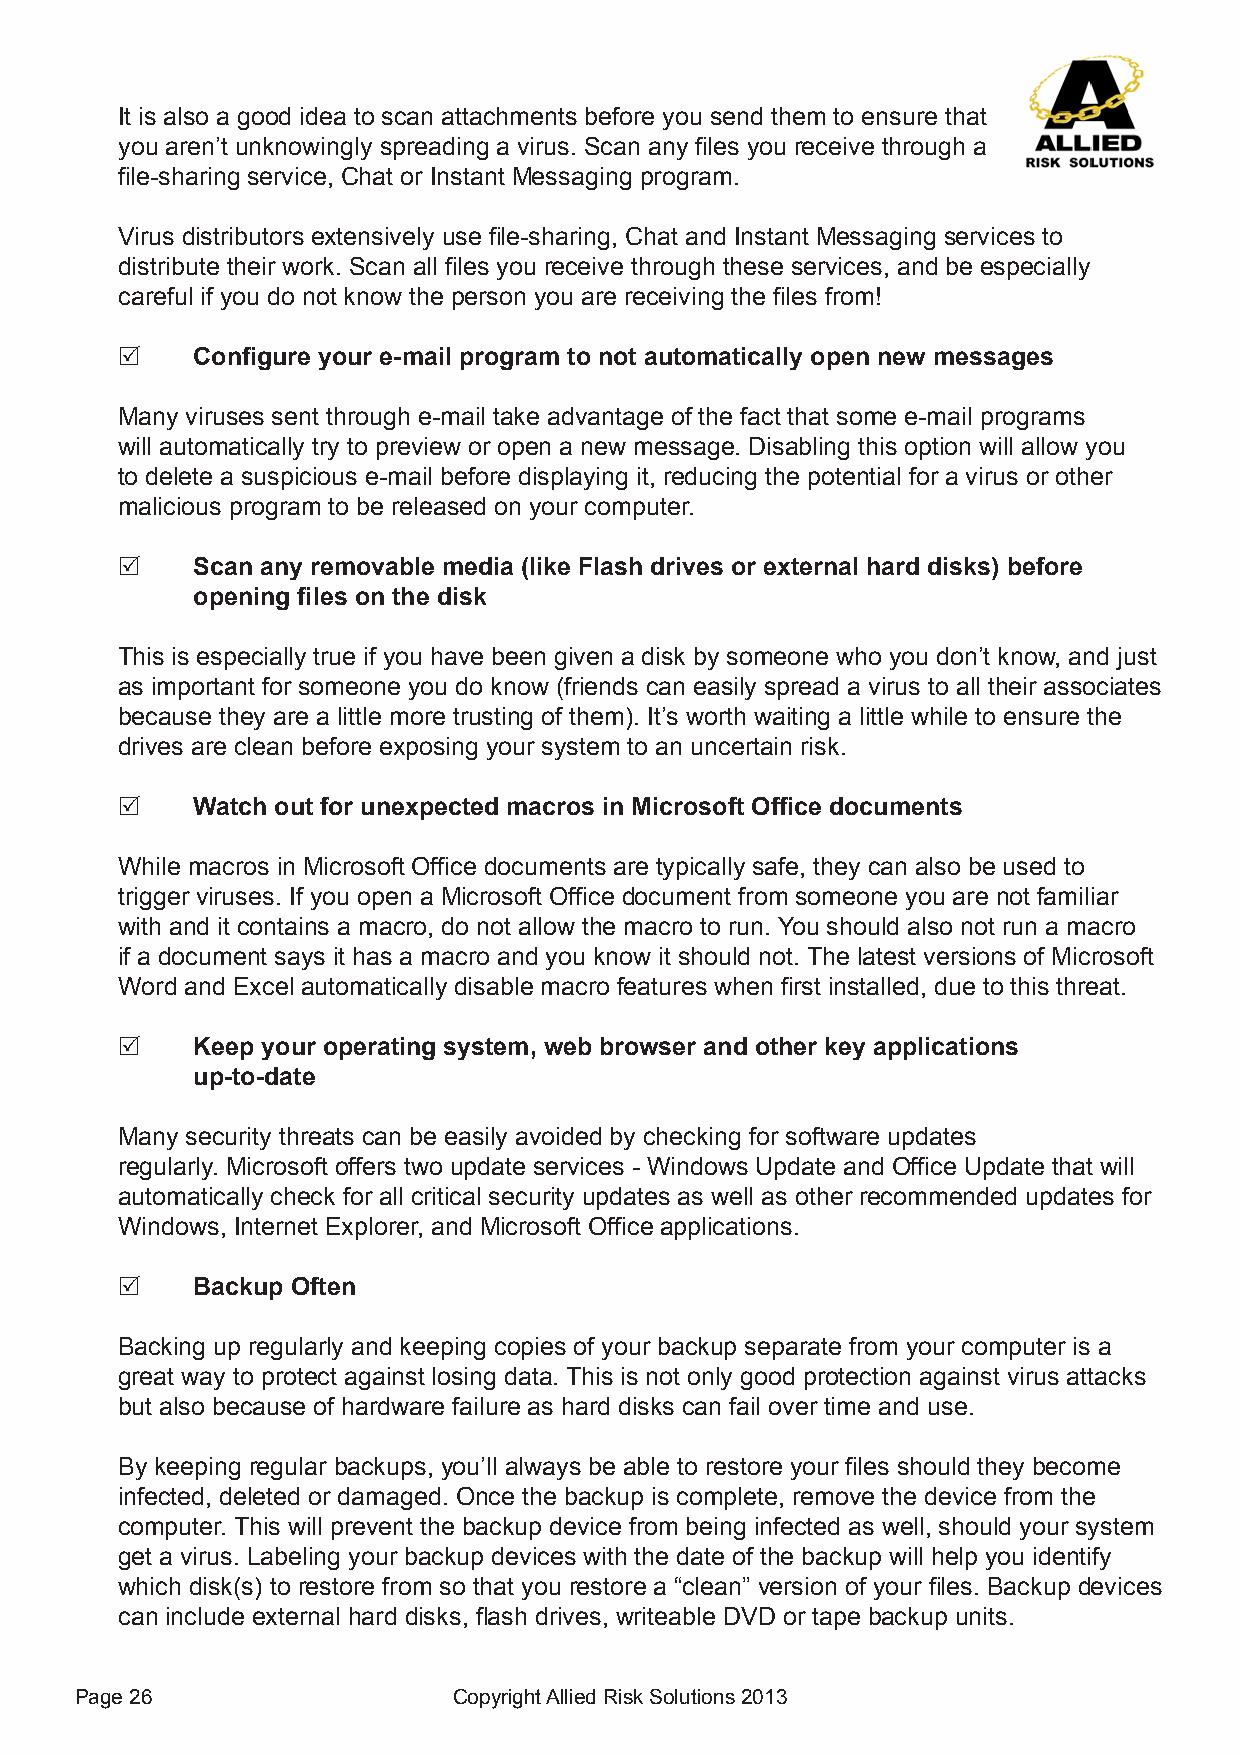
It is also a good idea to scan attachments before you send them to ensure that
 you aren’t unknowingly spreading a virus. Scan any files you receive through a
 file-sharing service, Chat or Instant Messaging program.
 Virus distributors extensively use file-sharing, Chat and Instant Messaging services to
 distribute their work. Scan all files you receive through these services, and be especially
 careful if you do not know the person you are receiving the files from!
     Configure your e-mail program to not automatically open new messages
 Many viruses sent through e-mail take advantage of the fact that some e-mail programs
 will automatically try to preview or open a new message. Disabling this option will allow you
 to delete a suspicious e-mail before displaying it, reducing the potential for a virus or other
 malicious program to be released on your computer.
     Scan any removable media (like Flash drives or external hard disks) before
 opening files on the disk
 This is especially true if you have been given a disk by someone who you don’t know, and just
 as important for someone you do know (friends can easily spread a virus to all their associates
 because they are a little more trusting of them). It’s worth waiting a little while to ensure the
 drives are clean before exposing your system to an uncertain risk.
     Watch out for unexpected macros in Microsoft Office documents
 While macros in Microsoft Office documents are typically safe, they can also be used to
 trigger viruses. If you open a Microsoft Office document from someone you are not familiar
 with and it contains a macro, do not allow the macro to run. You should also not run a macro
 if a document says it has a macro and you know it should not. The latest versions of Microsoft
 Word and Excel automatically disable macro features when first installed, due to this threat.
     Keep your operating system, web browser and other key applications
 up-to-date
 Many security threats can be easily avoided by checking for software updates
 regularly. Microsoft offers two update services - Windows Update and Office Update that will
 automatically check for all critical security updates as well as other recommended updates for
 Windows, Internet Explorer, and Microsoft Office applications.
     Backup Often
 Backing up regularly and keeping copies of your backup separate from your computer is a
 great way to protect against losing data. This is not only good protection against virus attacks
 but also because of hardware failure as hard disks can fail over time and use.
 By keeping regular backups, you’ll always be able to restore your files should they become
 infected, deleted or damaged. Once the backup is complete, remove the device from the
 computer. This will prevent the backup device from being infected as well, should your system
 get a virus. Labeling your backup devices with the date of the backup will help you identify
 which disk(s) to restore from so that you restore a “clean” version of your files. Backup devices
 can include external hard disks, flash drives, writeable DVD or tape backup units.
 Page 26                  Copyright Allied Risk Solutions 2013